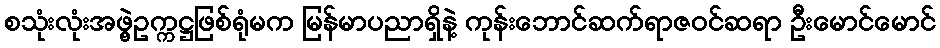
စသုံးလုံးအဖွဲ့ဥက္ကဋ္ဌဖြစ်ရုံမက မြန်မာပညာရှိနဲ့ ကုန်းဘောင်ဆက်ရာဇဝင်ဆရာ ဦးမောင်မောင်